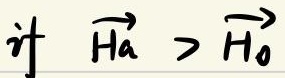
if \(\overrightarrow{H_a}>\overrightarrow{H_0}\)